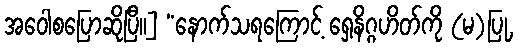
အဝေါစပြောဆိုပြီ။] “နောက်သရကြောင့် ရှေ့နိဂ္ဂဟိတ်ကို (မ)ပြု,